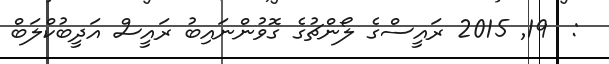
:  19